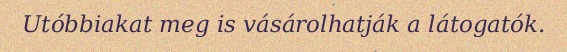
Utóbbiakat meg is vásárolhatják a látogatók.